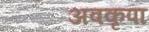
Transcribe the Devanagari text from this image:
अवकृपा